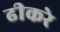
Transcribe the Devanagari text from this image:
ढीकरे